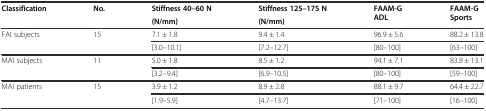
| <ROWSPAN=2> Classification | <ROWSPAN=2> No. | Stiffness 40–60 N | Stiffness 125–175 N | <ROWSPAN=2> FAAM-G ADL | <ROWSPAN=2> FAAM-G Sports |
 | (N/mm) | (N/mm) |
 | --- | --- | --- | --- | --- | --- |
 | <ROWSPAN=2> FAI subjects | <ROWSPAN=2> 15 | 7.1 ± 1.8 | 9.4 ± 1.4 | 96.9 ± 5.6 | 88.2 ± 13.8 |
 | [3.0–10.1] | [7.2–12.7] | [80–100] | [63–100] |
 | <ROWSPAN=2> MAI subjects | <ROWSPAN=2> 11 | 5.0 ± 1.8 | 8.5 ± 1.2 | 94.1 ± 7.1 | 83.8 ± 13.1 |
 | [3.2–9.4] | [6.9–10.5] | [80–100] | [59–100] |
 | <ROWSPAN=2> MAI patients | <ROWSPAN=2> 15 | 3.9 ± 1.2 | 8.9 ± 2.8 | 88.1 ± 9.7 | 64.4 ± 22.7 |
 | [1.9–5.9] | [4.7–13.7] | [71–100] | [16–100] |